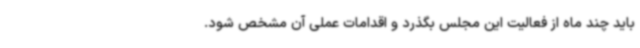
باید چند ماه از فعالیت این مجلس بگذرد و اقدامات عملی آن مشخص شود.